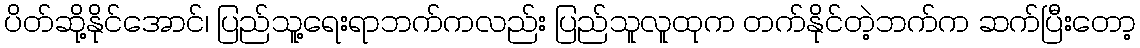
ပိတ်ဆို့နိုင်အောင်၊ ပြည်သူ့ရေးရာဘက်ကလည်း ပြည်သူလူထုက တက်နိုင်တဲ့ဘက်က ဆက်ပြီးတော့